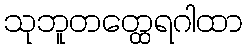
သုဘူတတ္ထေရဂါထာ